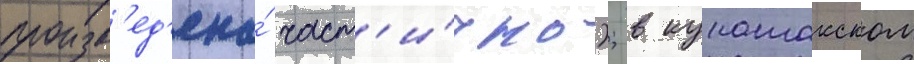
произв'ед'ена́ част'и́чно); в кунашакском